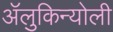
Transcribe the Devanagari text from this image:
ॲलुकिन्योली